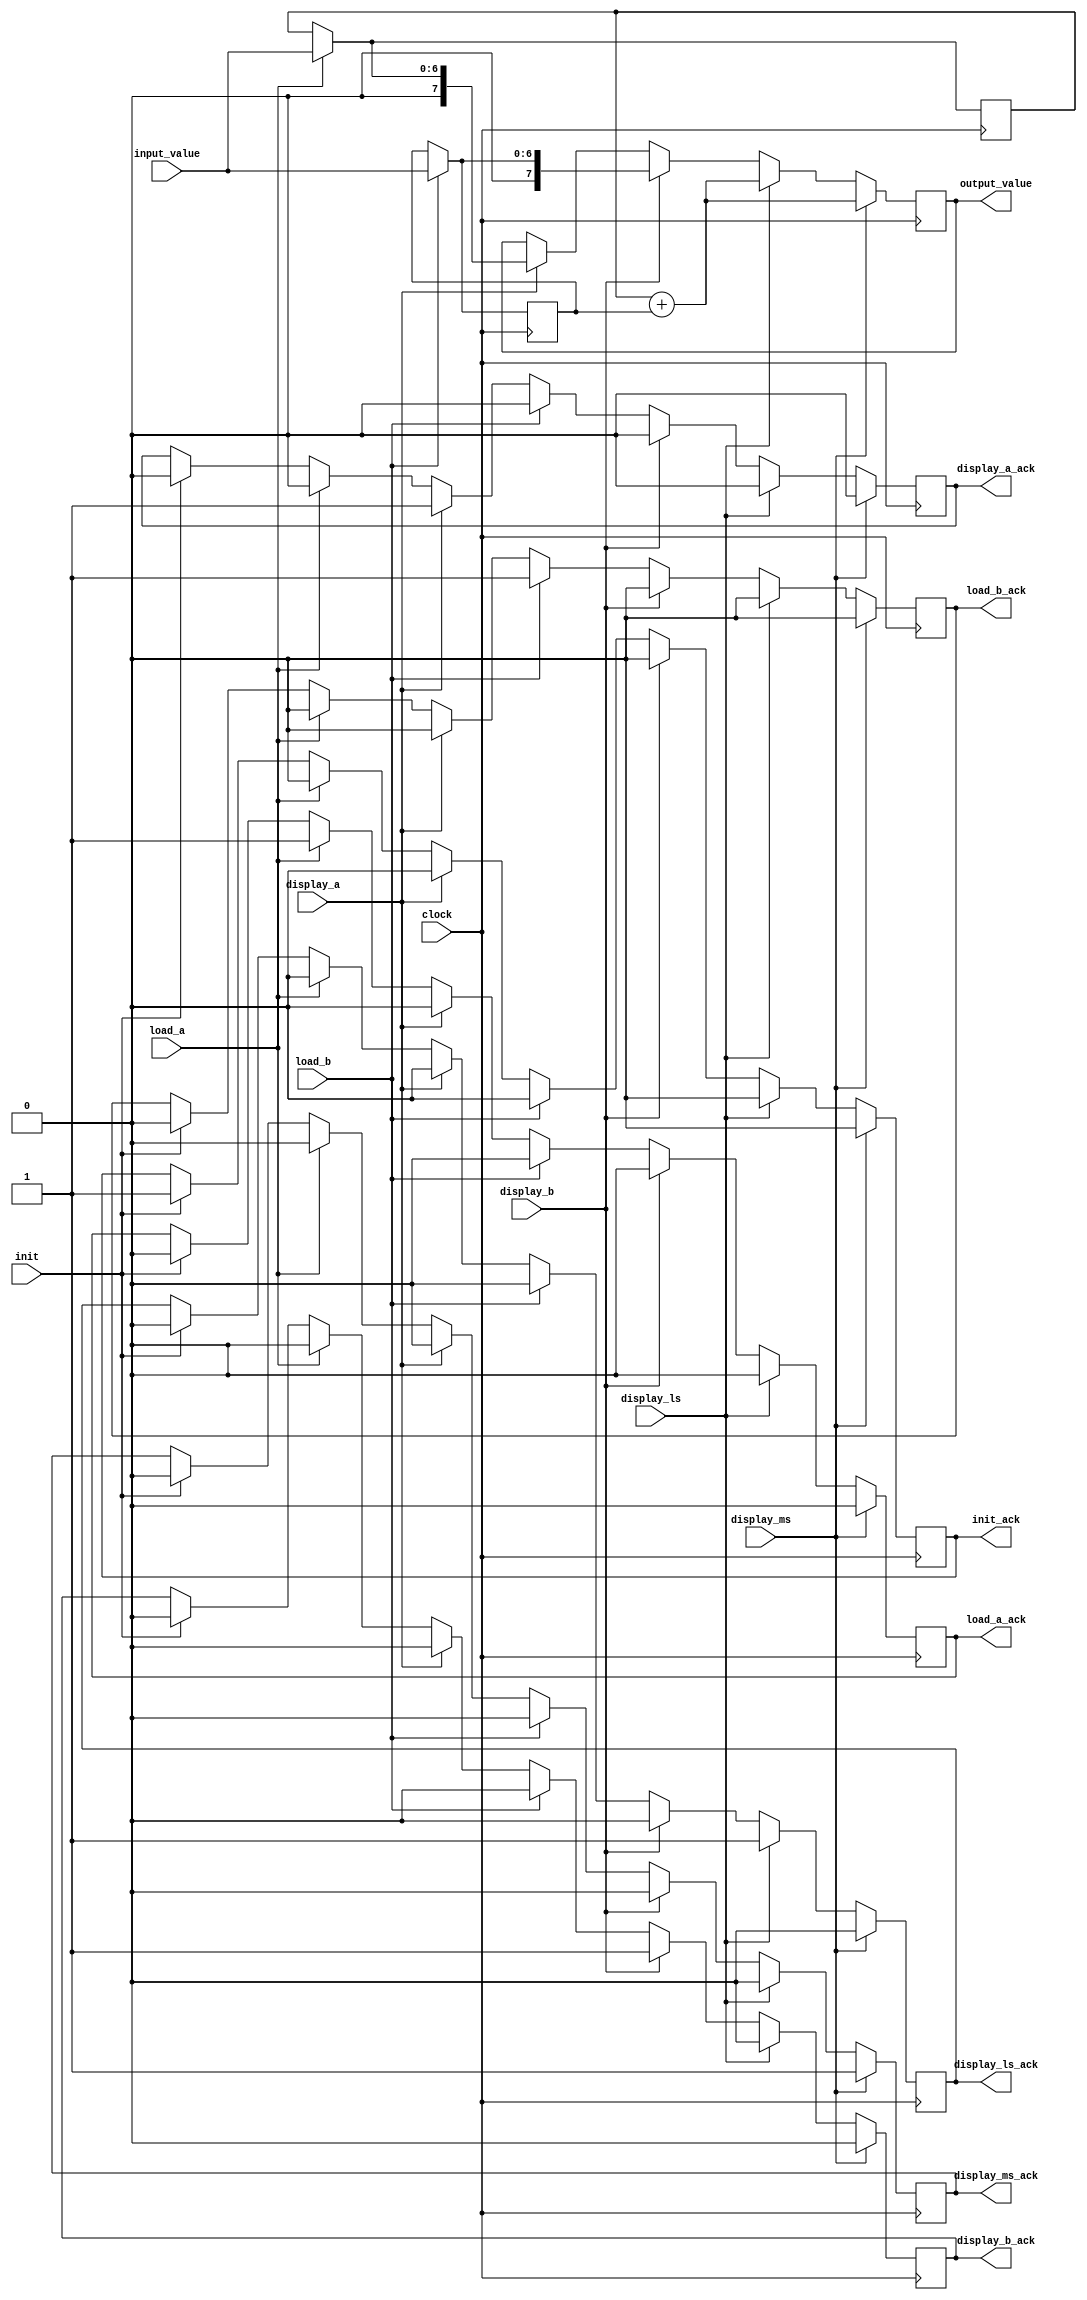
`timescale 1ns / 1ps
//////////////////////////////////////////////////////////////////////////////////
// Company: 
// Engineer: 
// 
// Design Name: 
// Module Name:    bcd_add_datapath 
// Project Name: 
// Target Devices: 
// Tool versions: 
// Description: 
//
// Dependencies: 
//
// Revision: 
// Revision 0.01 - File Created
// Additional Comments: 
//
//////////////////////////////////////////////////////////////////////////////////
module bcd_add_datapath(
				//Input from the outside world.
				input clock,
				input [6:0] input_value,
				
				//Input from the bcd_add_controller.
				input init,
				input load_a,
				input load_b,
				input display_a,
				input display_b,
				input display_ls,
				input display_ms,
				
				//Output back to the bcd_add_controller all set to 0 initially.
				output reg init_ack = 0,
				output reg load_a_ack = 0,
				output reg load_b_ack = 0,
				output reg display_a_ack = 0,
				output reg display_b_ack = 0,
				output reg display_ls_ack = 0,
				output reg display_ms_ack = 0,
				
				//Output to the outside world.
				output reg [7:0] output_value = 0
    );
	
	
	
	//Set some temorary registers for the math.
	reg [6:0] A = 0;
	reg [6:0] B = 0;
	reg [7:0] C = 0;
	
	
		
	//Run through all the logic.
	always @(posedge clock) begin
		//Always add up A + B = C.
		C = A + B;
		
		if(init)
			begin
				//Set the ACK flags.
				init_ack = 1;
				load_a_ack = 0;
				load_b_ack = 0;
				display_a_ack = 0;
				display_b_ack = 0;
				display_ls_ack = 0;
				display_ms_ack = 0;
			end
			
			
		if(load_a)
			begin
				A = input_value;
				
				//Set the ACK flags.
				init_ack = 0;
				load_a_ack = 1;
				load_b_ack = 0;
				display_a_ack = 0;
				display_b_ack = 0;
				display_ls_ack = 0;
				display_ms_ack = 0;
				
			end
			
		if(display_a)
			begin
				output_value = A; //Put A on the LED.
				
				//Set the ACK flags.
				init_ack = 0;
				load_a_ack = 0;
				load_b_ack = 0;
				display_a_ack = 1;
				display_b_ack = 0;
				display_ls_ack = 0;
				display_ms_ack = 0;
				
			end
			
		if(load_b)
			begin
				B = input_value;
				
				//Set the ACK flags.
				init_ack = 0;
				load_a_ack = 0;
				load_b_ack = 1;
				display_a_ack = 0;
				display_b_ack = 0;
				display_ls_ack = 0;
				display_ms_ack = 0;
			end
			
		if(display_b)
			begin
				output_value = B;
				
				//Set the ACK flags.
				init_ack = 0;
				load_a_ack = 0;
				load_b_ack = 0;
				display_a_ack = 0;
				display_b_ack = 1;
				display_ls_ack = 0;
				display_ms_ack = 0;
				
			end
		
		if(display_ls)
			begin
				output_value = C;
				
				//Set the ACK flags.
				init_ack = 0;
				load_a_ack = 0;
				load_b_ack = 0;
				display_a_ack = 0;
				display_b_ack = 0;
				display_ls_ack = 1;
				display_ms_ack = 0;
				
			end
			
		if(display_ms)
			begin
				output_value = C;
				
				//Set the ACK flags.
				init_ack = 0;
				load_a_ack = 0;
				load_b_ack = 0;
				display_a_ack = 0;
				display_b_ack = 0;
				display_ls_ack = 0;
				display_ms_ack = 1;
				
			end
			
	end
		

endmodule